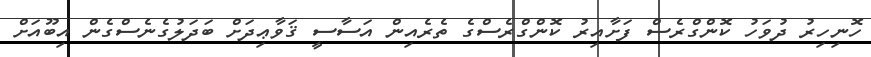
ހޮނިހިރު ދުވަހު ކޮންގްރެސް ފަށާއިރު ކޮންގްރެސްގެ ތެރެއިން އަސާސީ ޤަވާޢިދަށް ބަދަލުގެނެސްގެން އިބޫއަށް